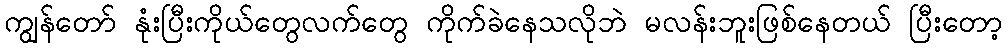
ကျွန်တော် နုံးပြီးကိုယ်တွေလက်တွေ ကိုက်ခဲနေသလိုဘဲ မလန်းဘူးဖြစ်နေတယ် ပြီးတော့